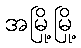
အမြို့မြို့